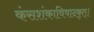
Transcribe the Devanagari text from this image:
कंसशंकाविषादकृत्‌।